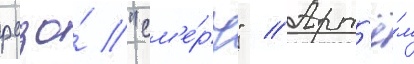
рсзо́ "см'е́рч" // Арт'ё́м